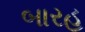
બારહ